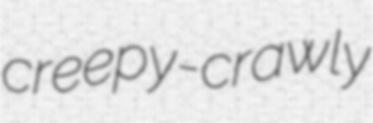
creepy-crawly